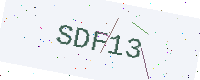
Text: SDF13